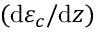
( \mathrm { d } \varepsilon _ { c } / \mathrm { d } z )